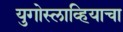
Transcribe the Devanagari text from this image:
युगोस्लाव्हियाचा